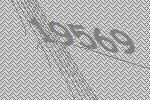
19569